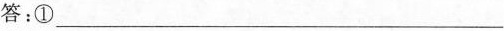
答：①___